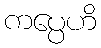
ကပ္ပေဟိ